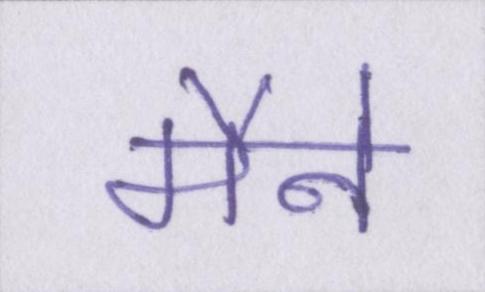
मैने